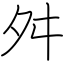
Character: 舛